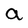
Character: a